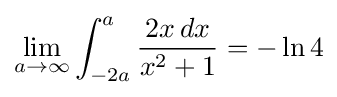
\lim _{a\to \infty }\int _{-2a}^{a}{\frac {2x\,dx}{x^{2}+1}}=-\ln 4